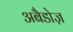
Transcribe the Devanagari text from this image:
अबैडोज़